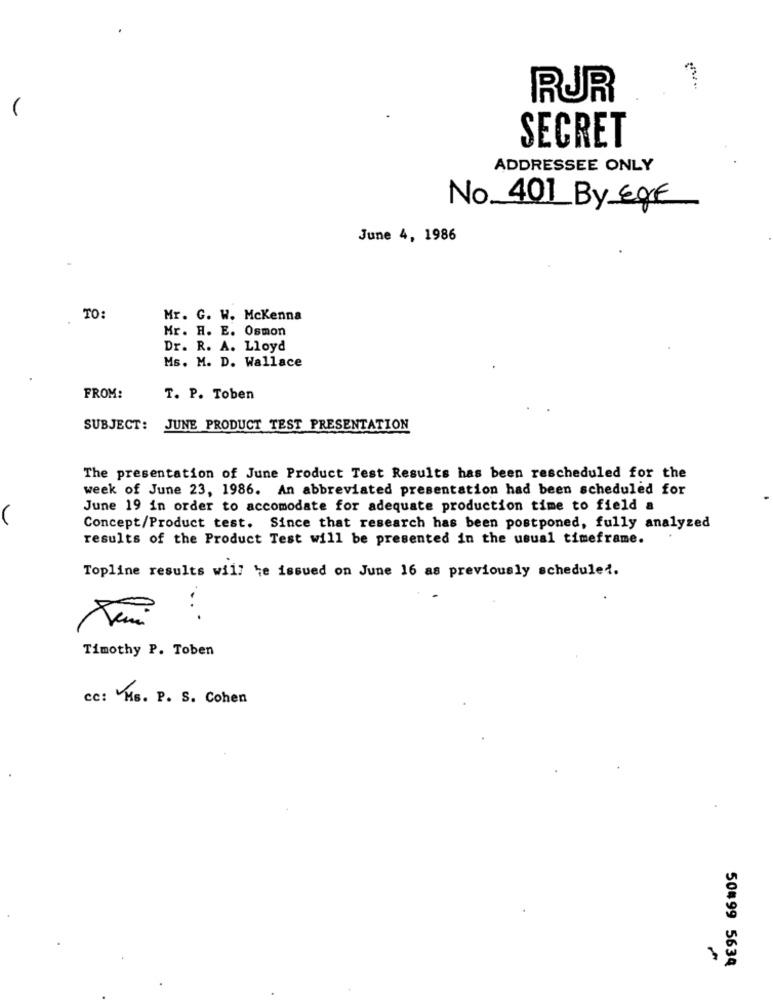
RUR
(
SECRET
ADDRESSEE ONLY
No 401 By Ege
June 4, 1986
TO:
Mr. G. W. Mckenna
Mr. H. E. Osmon
Dr. R. A. Lloyd
Ms. M. D. Wallace
FROM:
T. P. Toben
SUBJECT: JUNE PRODUCT TEST PRESENTATION
The presentation of June Product Test Results has been rescheduled for the
week of June 23, 1986. An abbreviated presentation had been scheduled for
June 19 in order to accomodate for adequate production time to field a
Concept/Product test. Since that research has been postponed, fully analyzed
results of the Product Test will be presented in the usual timeframe.
Topline results will be issued on June 16 as previously scheduled.
...
Timothy P. Toben
cc: Ms. P. S. Cohen
50#99 5634